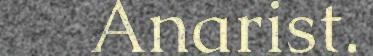
Anarist.